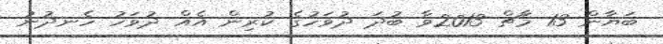
ބަޔާން 13 މާޗް 2013ވާ ބުދަ ދުވަހުގެ ކުރިން އެއް ދުވަހު ހެނދުނު